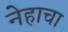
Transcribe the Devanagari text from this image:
नेहाचा